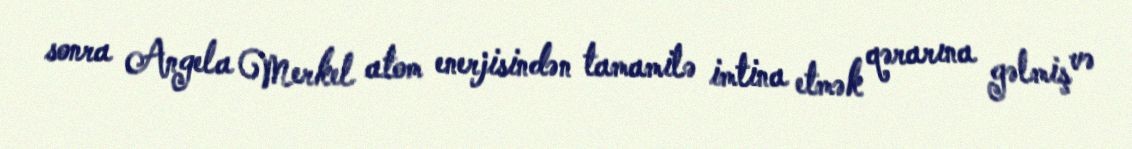
sonra Angela Merkel atom enerjisindən tamamilə imtina etmək qərarına gəlmiş və